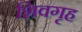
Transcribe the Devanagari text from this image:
शिवगृह